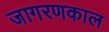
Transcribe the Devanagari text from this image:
जागरणकाल